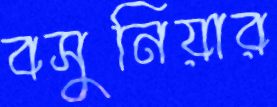
বসুনিয়ার